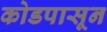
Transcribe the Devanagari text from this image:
कोडपासून